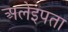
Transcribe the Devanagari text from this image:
अलेइपता